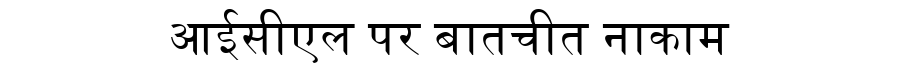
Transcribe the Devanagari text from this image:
आईसीएल पर बातचीत नाकाम